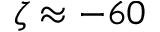
\zeta \approx - 6 0